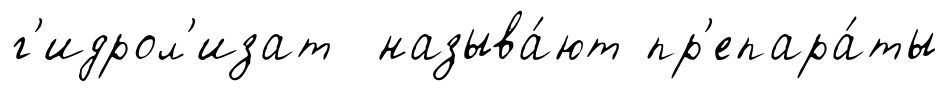
г'идрол'изат называ́ют пр'епара́ты